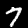
Digit: 7